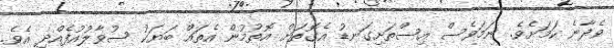
ވެދާނެ ކަމަށެވެ. ނަމަވެސް އިސްތަށިގަނޑު އެގޮތަށް އޮތުމުން އެތައް ބަޔަކު ސުވާލުއުފެއްދި އެވެ.